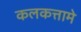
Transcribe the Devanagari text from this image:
कलकत्तामे